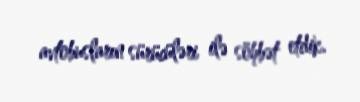
avtobusların sürücüləri ilə söhbət etdik.